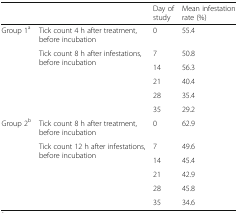
| <COLSPAN=2>  | Day of study | Mean infestation rate (%) |
 | --- | --- | --- | --- |
 | <ROWSPAN=6> Group 1a | Tick count 4 h after treatment, before incubation | 0 | 55.4 |
 | <ROWSPAN=5> Tick count 8 h after infestations, before incubation | 7 | 50.8 |
 | 14 | 56.3 |
 | 21 | 40.4 |
 | 28 | 35.4 |
 | 35 | 29.2 |
 | <ROWSPAN=6> Group 2b | Tick count 8 h after treatment, before incubation | 0 | 62.9 |
 | <ROWSPAN=5> Tick count 12 h after infestations, before incubation | 7 | 49.6 |
 | 14 | 45.4 |
 | 21 | 42.9 |
 | 28 | 45.8 |
 | 35 | 34.6 |